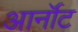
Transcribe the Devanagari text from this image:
आर्नॉट